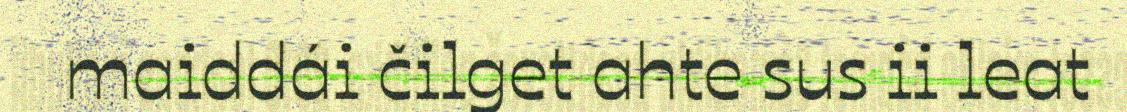
maiddái čilget ahte sus ii leat